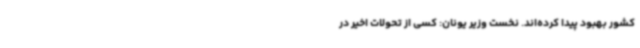
کشور بهبود پیدا کرده‌اند. نخست وزیر یونان: کسی از تحولات اخیر در